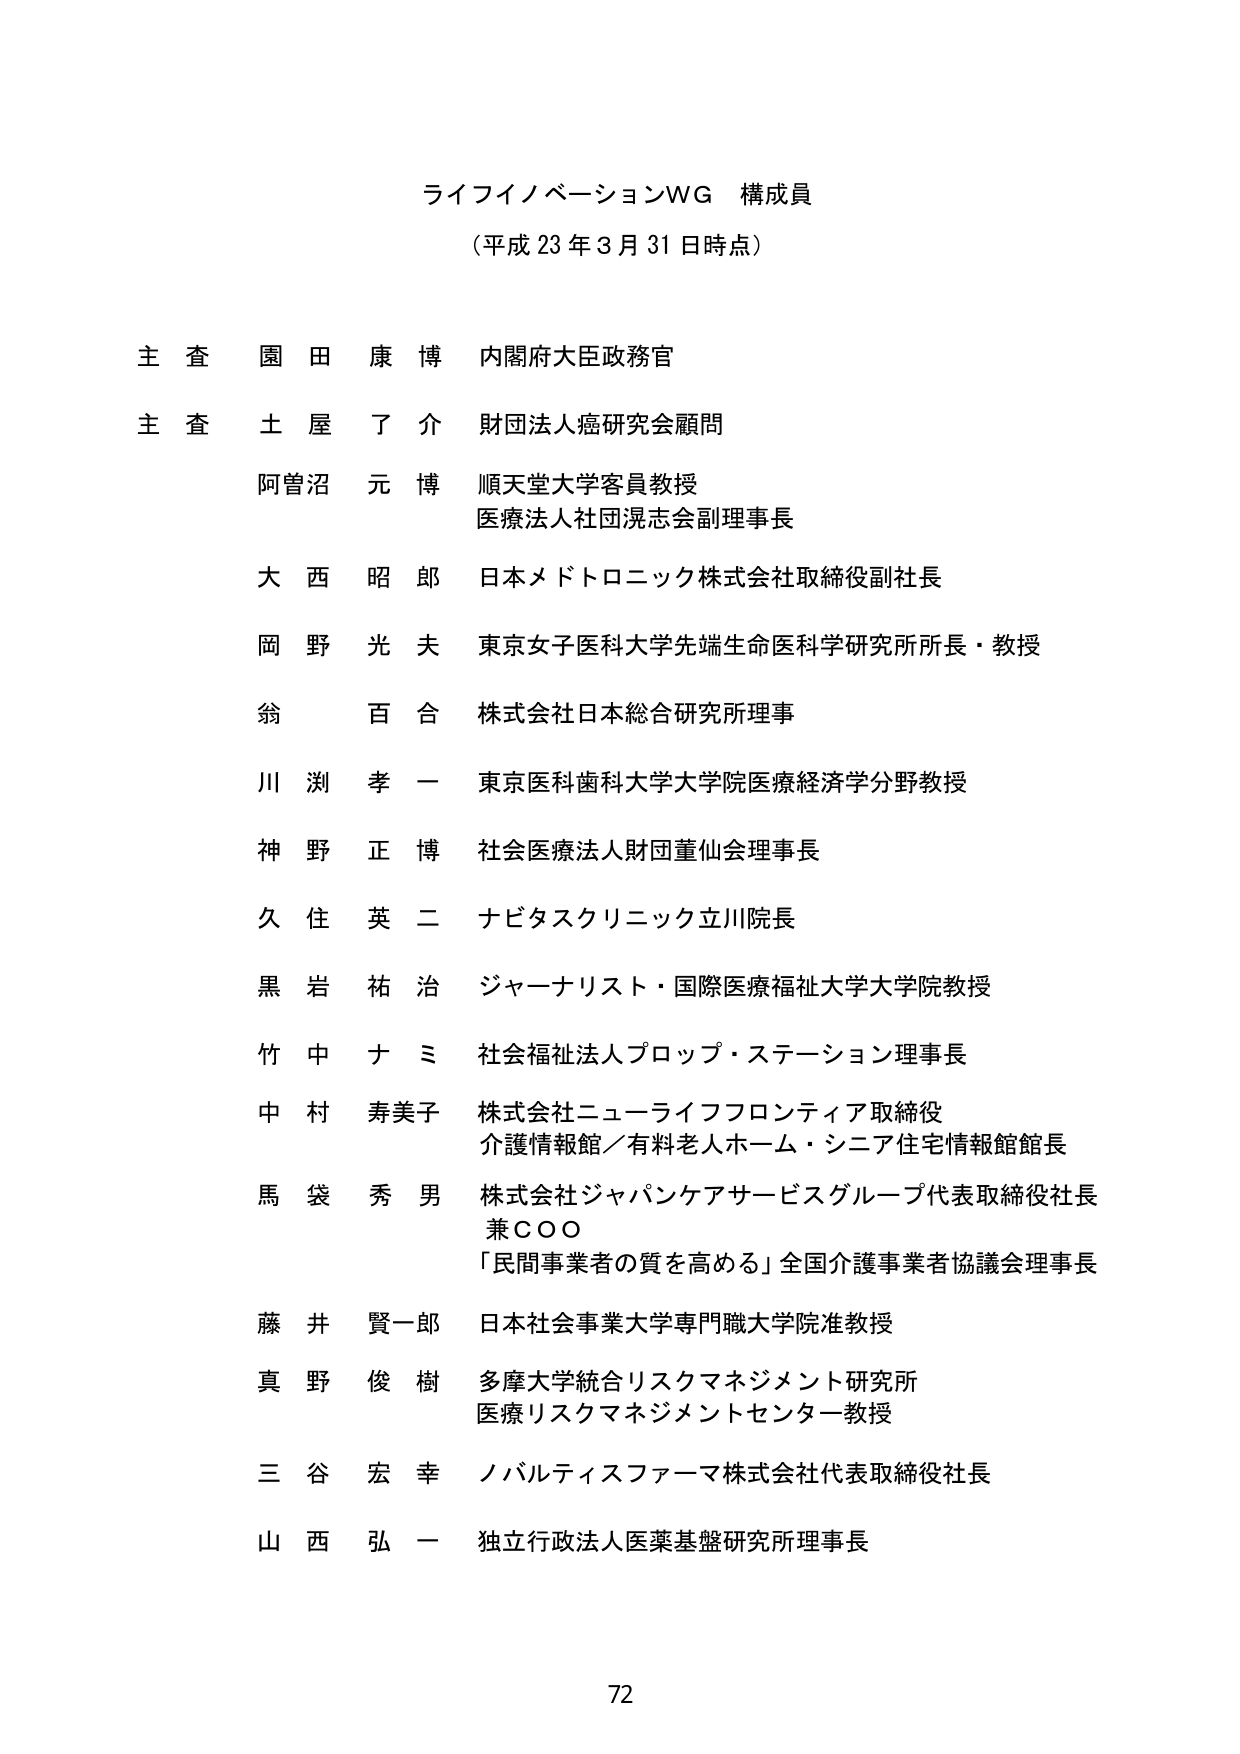
ライフイノベーションWG 構成員
（平成23年3月31日時点）

主査 園田 康博 内閣府大臣政務官
主査 土屋 了介 財団法人癌研究会顧問
阿曽沼 元博 順天堂大学客員教授
　　　　　　　医療法人社団滉志会副理事長
大西 昭郎 日本メドトロニック株式会社取締役副社長
岡野 光夫 東京女子医科大学先端生命医科学研究所所長・教授
翁 百合 株式会社日本総合研究所理事
川渕 孝一 東京医科歯科大学大学院医療経済学分野教授
神野 正博 社会医療法人財団董仙会理事長
久住 英二 ナビタスクリニック立川院長
黒岩 祐治 ジャーナリスト・国際医療福祉大学大学院教授
竹中 ナミ 社会福祉法人プロップ・ステーション理事長
中村 寿美子 株式会社ニューライフフロンティア取締役
　　　　　　　介護情報館／有料老人ホーム・シニア住宅情報館館長
馬袋 秀男 株式会社ジャパンケアサービスグループ代表取締役社長
　　　　　　　兼ＣＯＯ
　　　　　　　「民間事業者の質を高める」全国介護事業者協議会理事長
藤井 賢一郎 日本社会事業大学専門職大学院准教授
真野 俊樹 多摩大学統合リスクマネジメント研究所
　　　　　　　医療リスクマネジメントセンター教授
三谷 宏幸 ノバルティスファーマ株式会社代表取締役社長
山西 弘一 独立行政法人医薬基盤研究所理事長

72